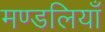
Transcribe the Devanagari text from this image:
मण्डलियाँ